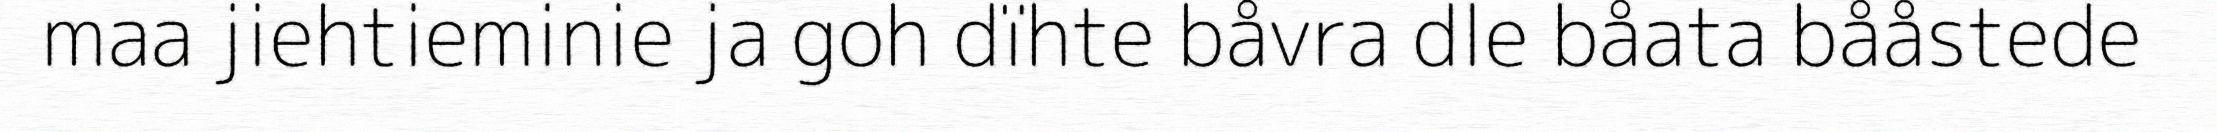
maa jiehtieminie ja goh dïhte båvra dle båata bååstede